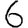
Digit: 6